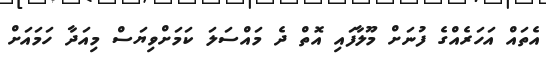
އެތައް އަހަރެއްގެ ފުނަށް މޫލާފައި އޮތް ދެ މައްސަލަ ކަމަށްވިޔަސް މިއަދާ ހަމައަށް